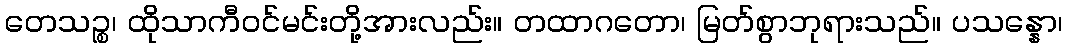
တေသဉ္စ၊ ထိုသာကီဝင်မင်းတို့အားလည်း။ တထာဂတော၊ မြတ်စွာဘုရားသည်။ ပသန္နော၊